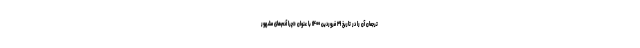
ترجمان آن را در تاریخ ۲۹ فروردین ۱۴۰۰ با عنوان «چرا آدم‌های مشهور